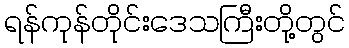
ရန်ကုန်တိုင်းဒေသကြီးတို့တွင်